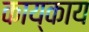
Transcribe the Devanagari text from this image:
काय्काय